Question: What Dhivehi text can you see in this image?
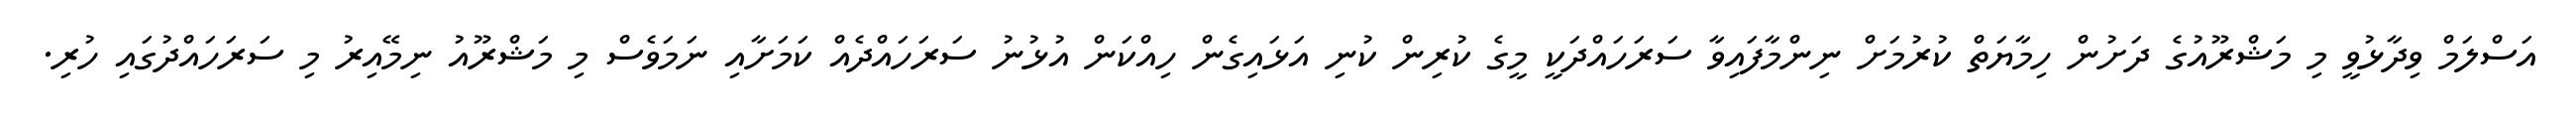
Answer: އަސްލަމް ވިދާޅުވީ މި މަޝްރޫއުގެ ދަށުން ހިމާޔަތް ކުރުމަށް ނިންމާފައިވާ ސަރަހައްދަކީ މީގެ ކުރިން ކުނި އަޅައިގެން ހިއްކަން އުޅުނު ސަރަހައްދެއް ކަމަށާއި ނަމަވެސް މި މަޝްރޫއު ނިމޭއިރު މި ސަރަހައްދުގައި ހުރި.